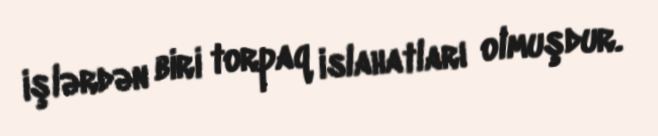
işlərdən biri torpaq islahatları olmuşdur.